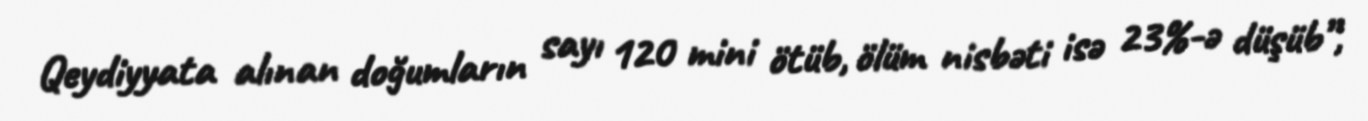
Qeydiyyata alınan doğumların sayı 120 mini ötüb, ölüm nisbəti isə 23%-ə düşüb”,